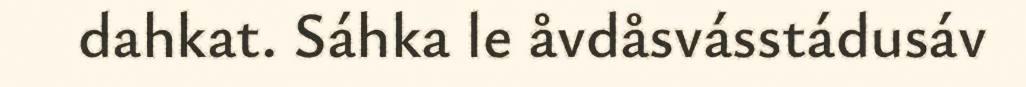
dahkat. Sáhka le åvdåsvásstádusáv